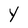
Character: Y